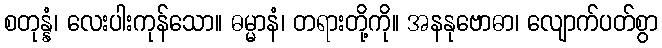
စတုန္နံ၊ လေးပါးကုန်သော။ ဓမ္မာနံ၊ တရားတို့ကို။ အနနုဗောဓာ၊ လျောက်ပတ်စွာ